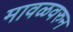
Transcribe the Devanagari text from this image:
मावळवरुन